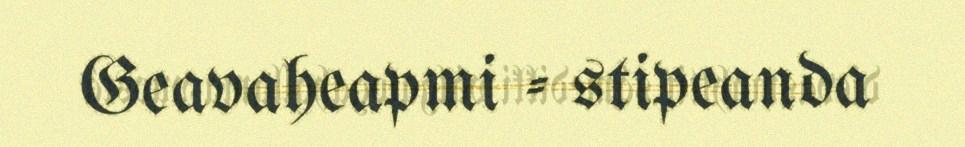
Geavaheapmi - stipeanda